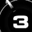
Digit: 3